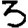
Digit: 3